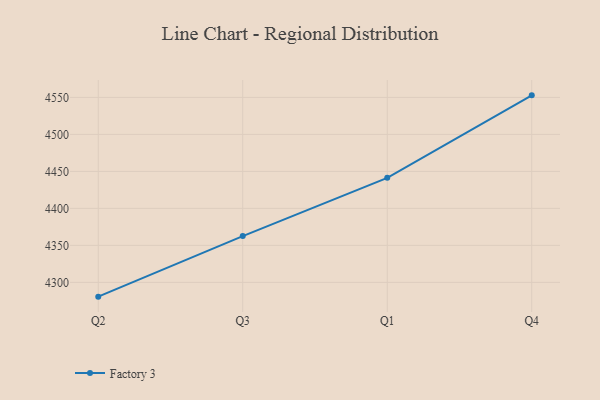
{"axis": {"x": "Quarter", "y": "Production Output"}, "legend": ["Factory 3"], "data": [{"x": "Q2", "y": 4280.7, "type": "Factory 3"}, {"x": "Q3", "y": 4362.6, "type": "Factory 3"}, {"x": "Q1", "y": 4441.3, "type": "Factory 3"}, {"x": "Q4", "y": 4552.8, "type": "Factory 3"}]}